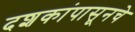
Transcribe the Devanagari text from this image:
दशकांपासूनचे